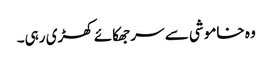
وہ خاموشی سے سر جھکائے کھڑی رہی۔